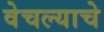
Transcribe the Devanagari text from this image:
वेचल्याचे